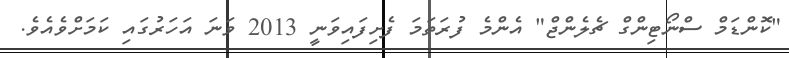
"ކޮންޑަމް ސްނޯޓިންގް ޗެލެންޖް" އެންމެ ފުރަތަމަ ފެށިފައިވަނީ 2013 ވަނަ އަހަރުގައި ކަމަށްވެއެވެ.